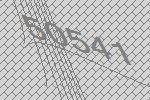
50541